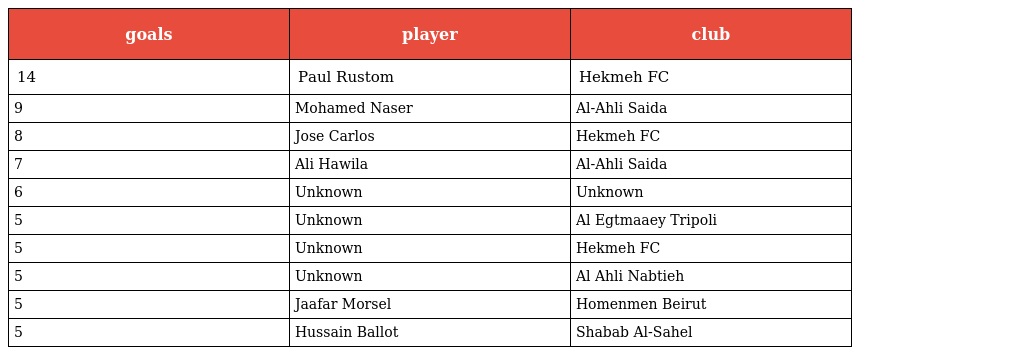
| goals | player | club |
 | --- | --- | --- |
 | 14 | Paul Rustom | Hekmeh FC |
 | 9 | Mohamed Naser | Al-Ahli Saida |
 | 8 | Jose Carlos | Hekmeh FC |
 | 7 | Ali Hawila | Al-Ahli Saida |
 | 6 | Unknown | Unknown |
 | 5 | Unknown | Al Egtmaaey Tripoli |
 | 5 | Unknown | Hekmeh FC |
 | 5 | Unknown | Al Ahli Nabtieh |
 | 5 | Jaafar Morsel | Homenmen Beirut |
 | 5 | Hussain Ballot | Shabab Al-Sahel |